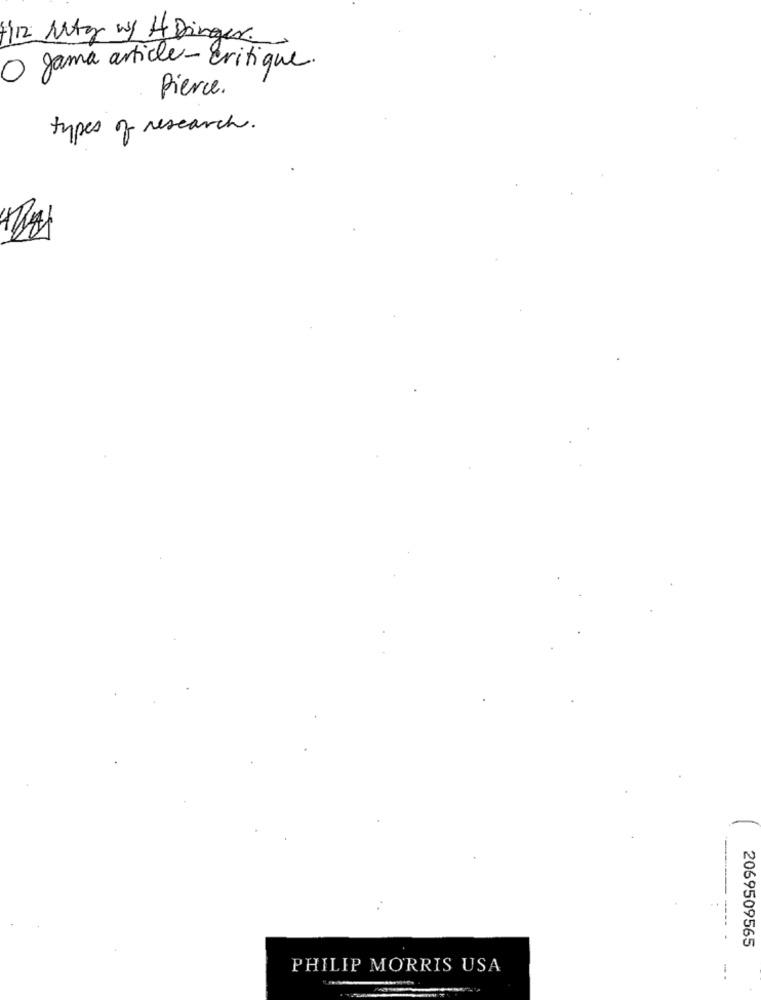
+12 Mitg w/ H Dinger
O gama article- critique.
Pierce.
types of research.
----
2069509565
PHILIP MORRIS USA